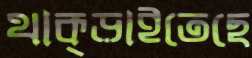
থাক্‌ড়াইতেছে